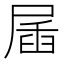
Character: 㞚